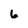
Character: 6